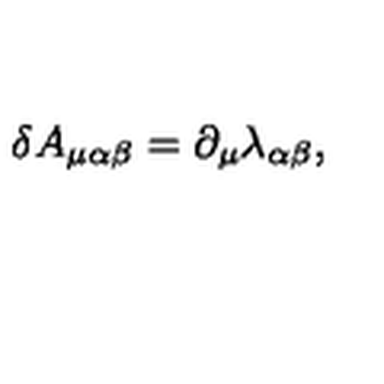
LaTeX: \delta A _ { \mu \alpha \beta } = \partial _ { \mu } \lambda _ { \alpha \beta } ,